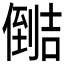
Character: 𰂺